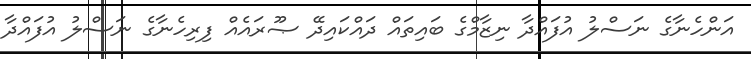
އަންހެނާގެ ނަސްލު އުފައްދާ ނިޒާމްގެ ބައިތައް ދައްކައިދޭ ޞޫރައެއް ފިރިހެނާގެ ނަސްލު އުފައްދާ